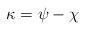
LaTeX: \begin{align*} \kappa = \psi-\chi\end{align*}